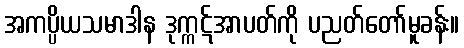
အကပ္ပိယသမာဒါန ဒုက္ကဋ်အာပတ်ကို ပညတ်တော်မူခန်း။